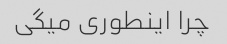
چرا اینطوری میگی